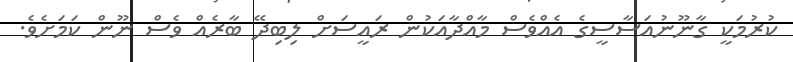
ކުރުމަކީ ގާނޫނުއަސާސީގެ އެއްވެސް މާއްދާއަކުން ރައީސަށް ލިބިދޭ ބާރެއް ވެސް ނޫން ކަމަށެވެ.